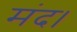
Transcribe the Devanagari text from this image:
मंद।